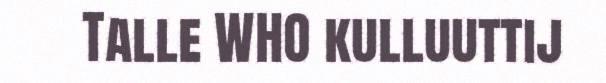
Talle WHO kulluuttij